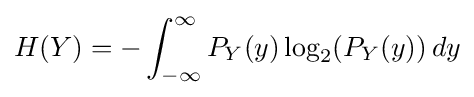
H(Y)=-\int _{-\infty }^{\infty }P_{Y}(y)\log _{2}(P_{Y}(y))\,dy